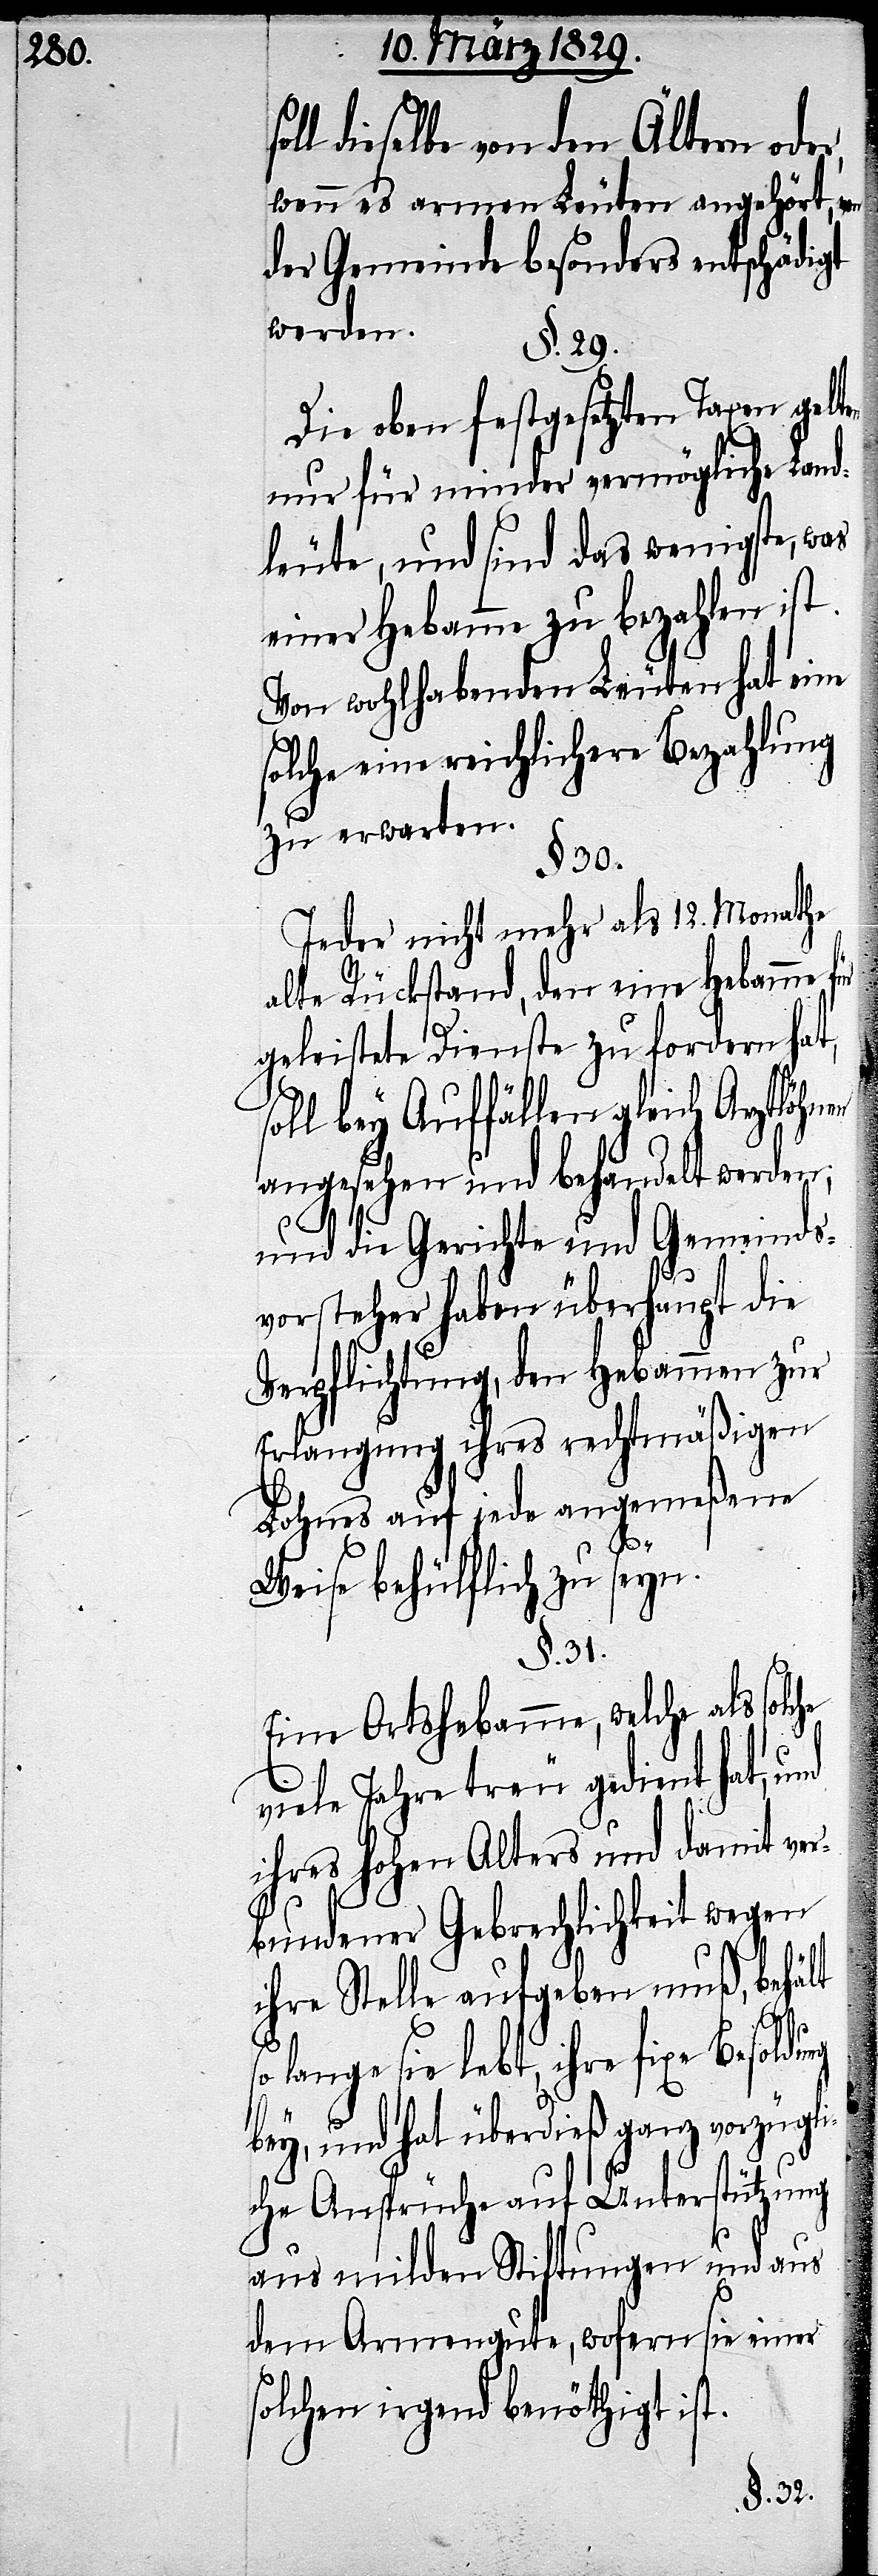
l dieselbe von den Ältern ode¬
wenn es armen Leuten angehört, von
der Gemeinde besonders entschädigt
werden.
§. 29.
Die oben festgesetzten Taxen gelten
nur für minder vermögliche Land¬
leute, und sind das wenigste, was
einer Hebamme zu bezahlen ist.
Von wohlhabenden Leuten hat eine
solche eine reichlichere Bezahlung
zu erwarten.
§. 30.
Jeder nicht mehr als 12. Monathe
alte Rückstand, den eine Hebamme für
geleistete Dienste zu fordern hat,
l bey Auffällen gleich Arztlöhnen
angesehen und behandelt werden;
s¬
und die Gerichte und Gemeinds¬
vorsteher haben überhaupt die
Verpflichtung, den Hebammen zur
Erlangung ihres rechtmäßigen
Lohnes auf jede angemeßene
Weise behülflich zu seyn.
§. 31.
ung
Eine Ortshebamme, welche als
viele Jahre treu gedient hat, und
ihres hohen Alters und damit ver¬
bundener Gebrechlichkeit wegen
ihre Stelle aufgeben muß, behält
o lange sie lebt, ihre fixe Besold¬
bey, und hat überdieß ganz vorzügl¬
iche Ansprüche auf Unterstützung
aus milden Stiftungen und aus
dem Armengute, wofern sie einer
solchen irgend benöthigt ist.